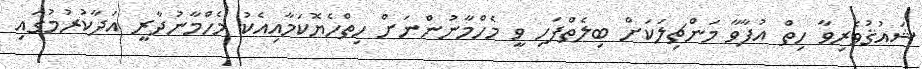
ޝައުޤުވެރިވާ ހިތް އުފާވާ މަންޗިލަކަށް ބިލެތްފަހި ވީ މެހްމާނުންނަށް ހިތްހެޔޮކަމާއިއެކު މެހްމާނުދާރީ އަދާކުރުމުގައި